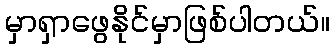
မှာရှာဖွေနိုင်မှာဖြစ်ပါတယ်။